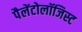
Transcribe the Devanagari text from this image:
पैलेंटोलॉजिस्ट